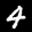
Label: 4